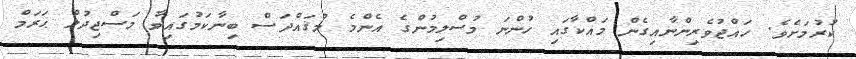
ކުރުމަށެވެ. ހައްޖުވެރިންނާއިގެން މައްކާގައި ހުންނަ މުސްލިމުންގެ އެންމެ މުޤައްދަސް ބިނާކަމުގައިވާ މަސްޖިދުލް ޙަރަމް